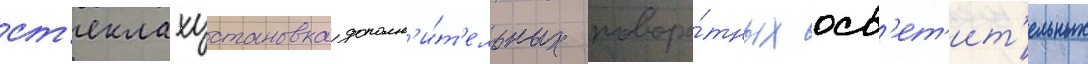
ст'еклахустановка дополн'и́т'ельных поворо́тных осв'ет'ит'ельных